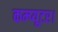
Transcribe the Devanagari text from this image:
कम्प्यूटर।